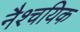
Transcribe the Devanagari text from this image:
नैश्चयिक